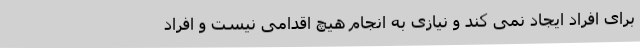
برای افراد ایجاد نمی کند و نیازی به انجام هیچ اقدامی نیست و افراد